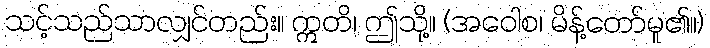
သင့်သည်သာလျှင်တည်း။ ဣတိ၊ ဤသို့။ (အဝေါစ၊ မိန့်တော်မူ၏။)